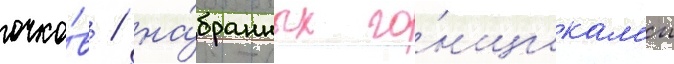
очко́в / на́бранных го́нщикам'и